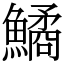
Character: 鱊